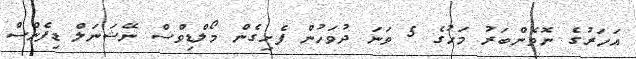
އަހަރުގެ ނޮވެންބަރު މަހުގެ 5 ވަނަ ދުވަހުން ފެށިގެން މޯލްޑިވްސް ނޭޝަނަލް ޑިފެންސް